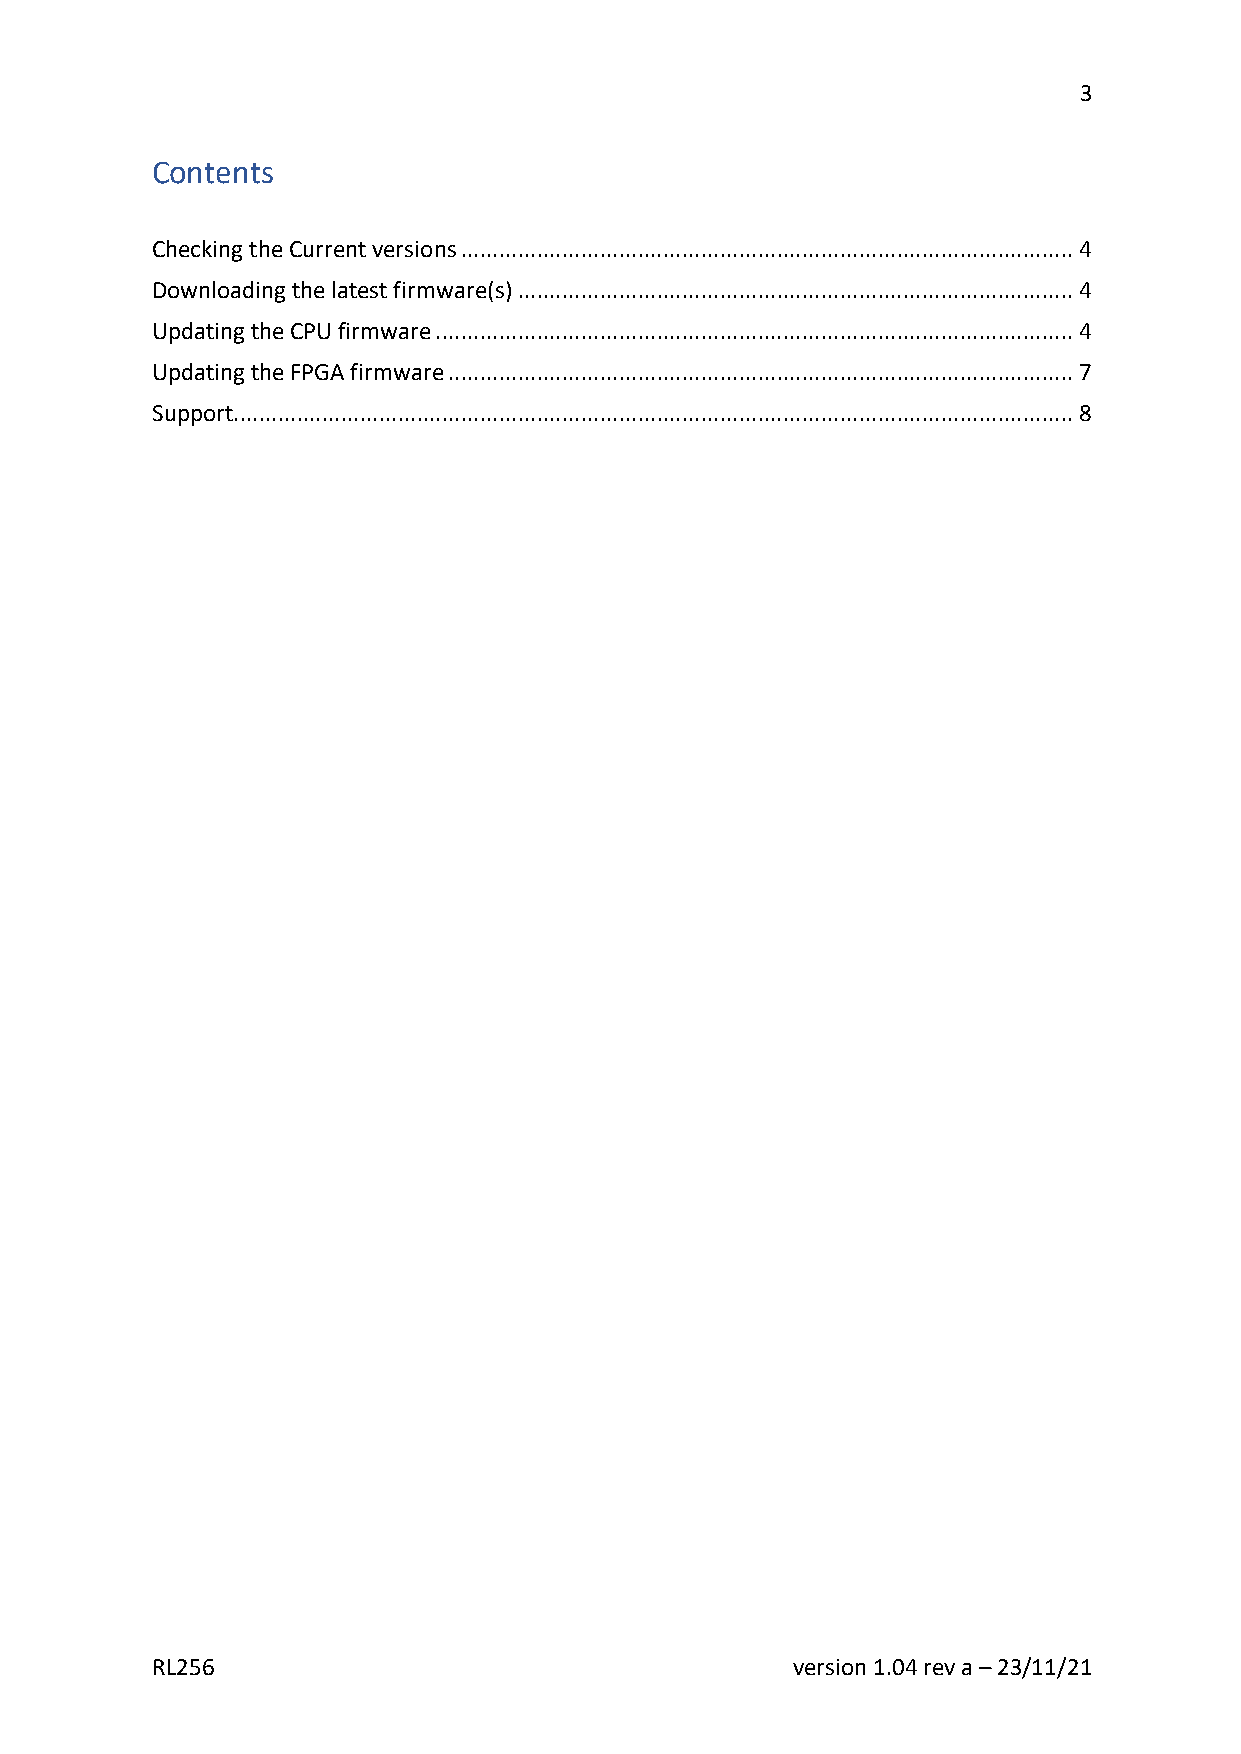
3
 Contents
 Checking the Current versions ................................................................................................. 4
 Downloading the latest firmware(s) ........................................................................................ 4
 Updating the CPU firmware ..................................................................................................... 4
 Updating the FPGA firmware ................................................................................................... 7
 Support ..................................................................................................................................... 8
 RL256                                     version 1.04 rev a – 23/11/21